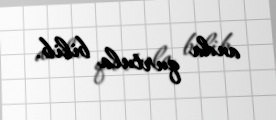
anda qurtula bilib.